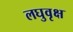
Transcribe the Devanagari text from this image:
लघुवृक्ष